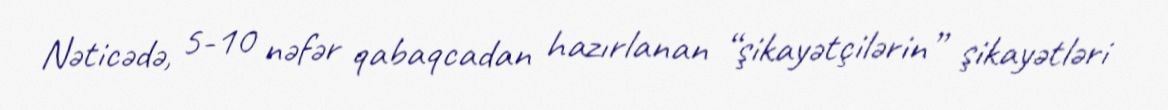
Nəticədə, 5-10 nəfər qabaqcadan hazırlanan “şikayətçilərin” şikayətləri